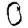
Digit: 0